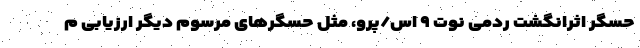
حسگر اثرانگشت ردمی نوت ۹ اس/پرو، مثل حسگرهای مرسوم دیگر ارزیابی م